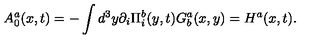
A _ { 0 } ^ { a } ( x , t ) = - \int d ^ { 3 } y \partial _ { i } \Pi _ { i } ^ { b } ( y , t ) G _ { b } ^ { a } ( x , y ) = H ^ { a } ( x , t ) .